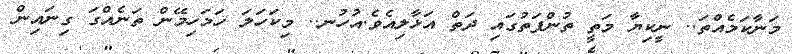
މަނާކަމެއްތަ.. ނީކިޔާ މަތީ ތުންފަތުގައި ދަތް އަޅާލިއެވެ.އުހުނ.. މިކަހަލަ ހަމަހިމޭން ތަނެއްގަ ގިނައިން